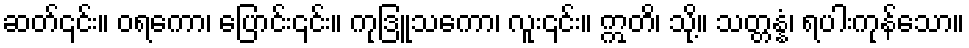
ဆတ်၎င်း။ ဝရကော၊ ပြောင်း၎င်း။ ကုဒြူသကော၊ လူး၎င်း။ ဣတိ၊ သို့။ သတ္တန္နံ၊ ရပါးကုန်သော။